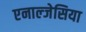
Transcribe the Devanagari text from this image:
एनाल्जेसिया